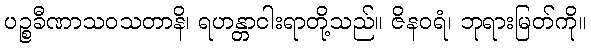
ပဉ္စခီဏာသဝသတာနိ၊ ရဟန္တာငါးရာတို့သည်။ ဇိနဝရံ၊ ဘုရားမြတ်ကို။